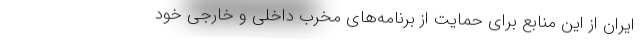
ایران از این منابع برای حمایت از برنامه‌های مخرب داخلی و خارجی خود